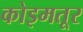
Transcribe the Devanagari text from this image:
कोइमतूर